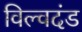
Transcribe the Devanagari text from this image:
विल्वदंड